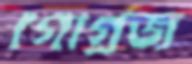
গোগ্রজ